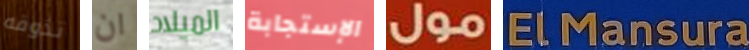
تذوقه ان الميلاد الإستجابة مول ELMansura